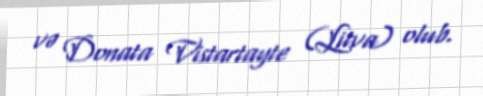
və Donata Vistartayte (Litva) olub.